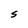
Character: S